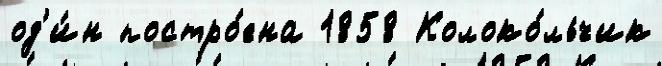
од'и́н постро́ена 1858 Колоко́льчик